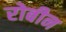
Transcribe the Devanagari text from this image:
रोबीन